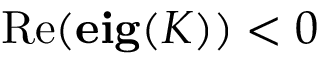
\mathrm { R e } ( \mathbf { e i g } ( K ) ) < 0